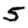
Digit: 5